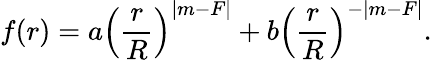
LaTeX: f(r)=a\left(\frac{r}{R}\right)^{|m-F|}+b\left(\frac{r}{R}\right)^{-|m-F|}.